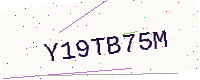
Text: Y19TB75M